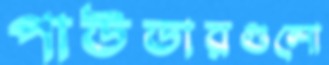
পাউডারগুলো